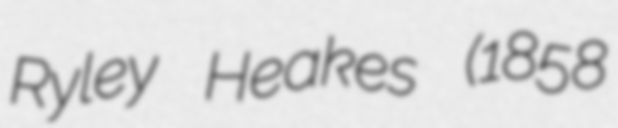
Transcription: Ryley Heakes (1858